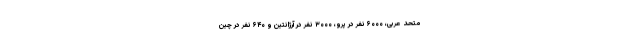
متحد عربی، ۶۰۰۰ نفر در پرو، ۳۰۰۰ نفر در آرژانتین و ۶۴۰ نفر در چین